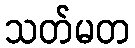
သတ်မတ